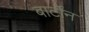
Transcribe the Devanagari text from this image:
बार्टोन